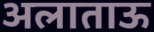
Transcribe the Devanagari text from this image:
अलाताऊ